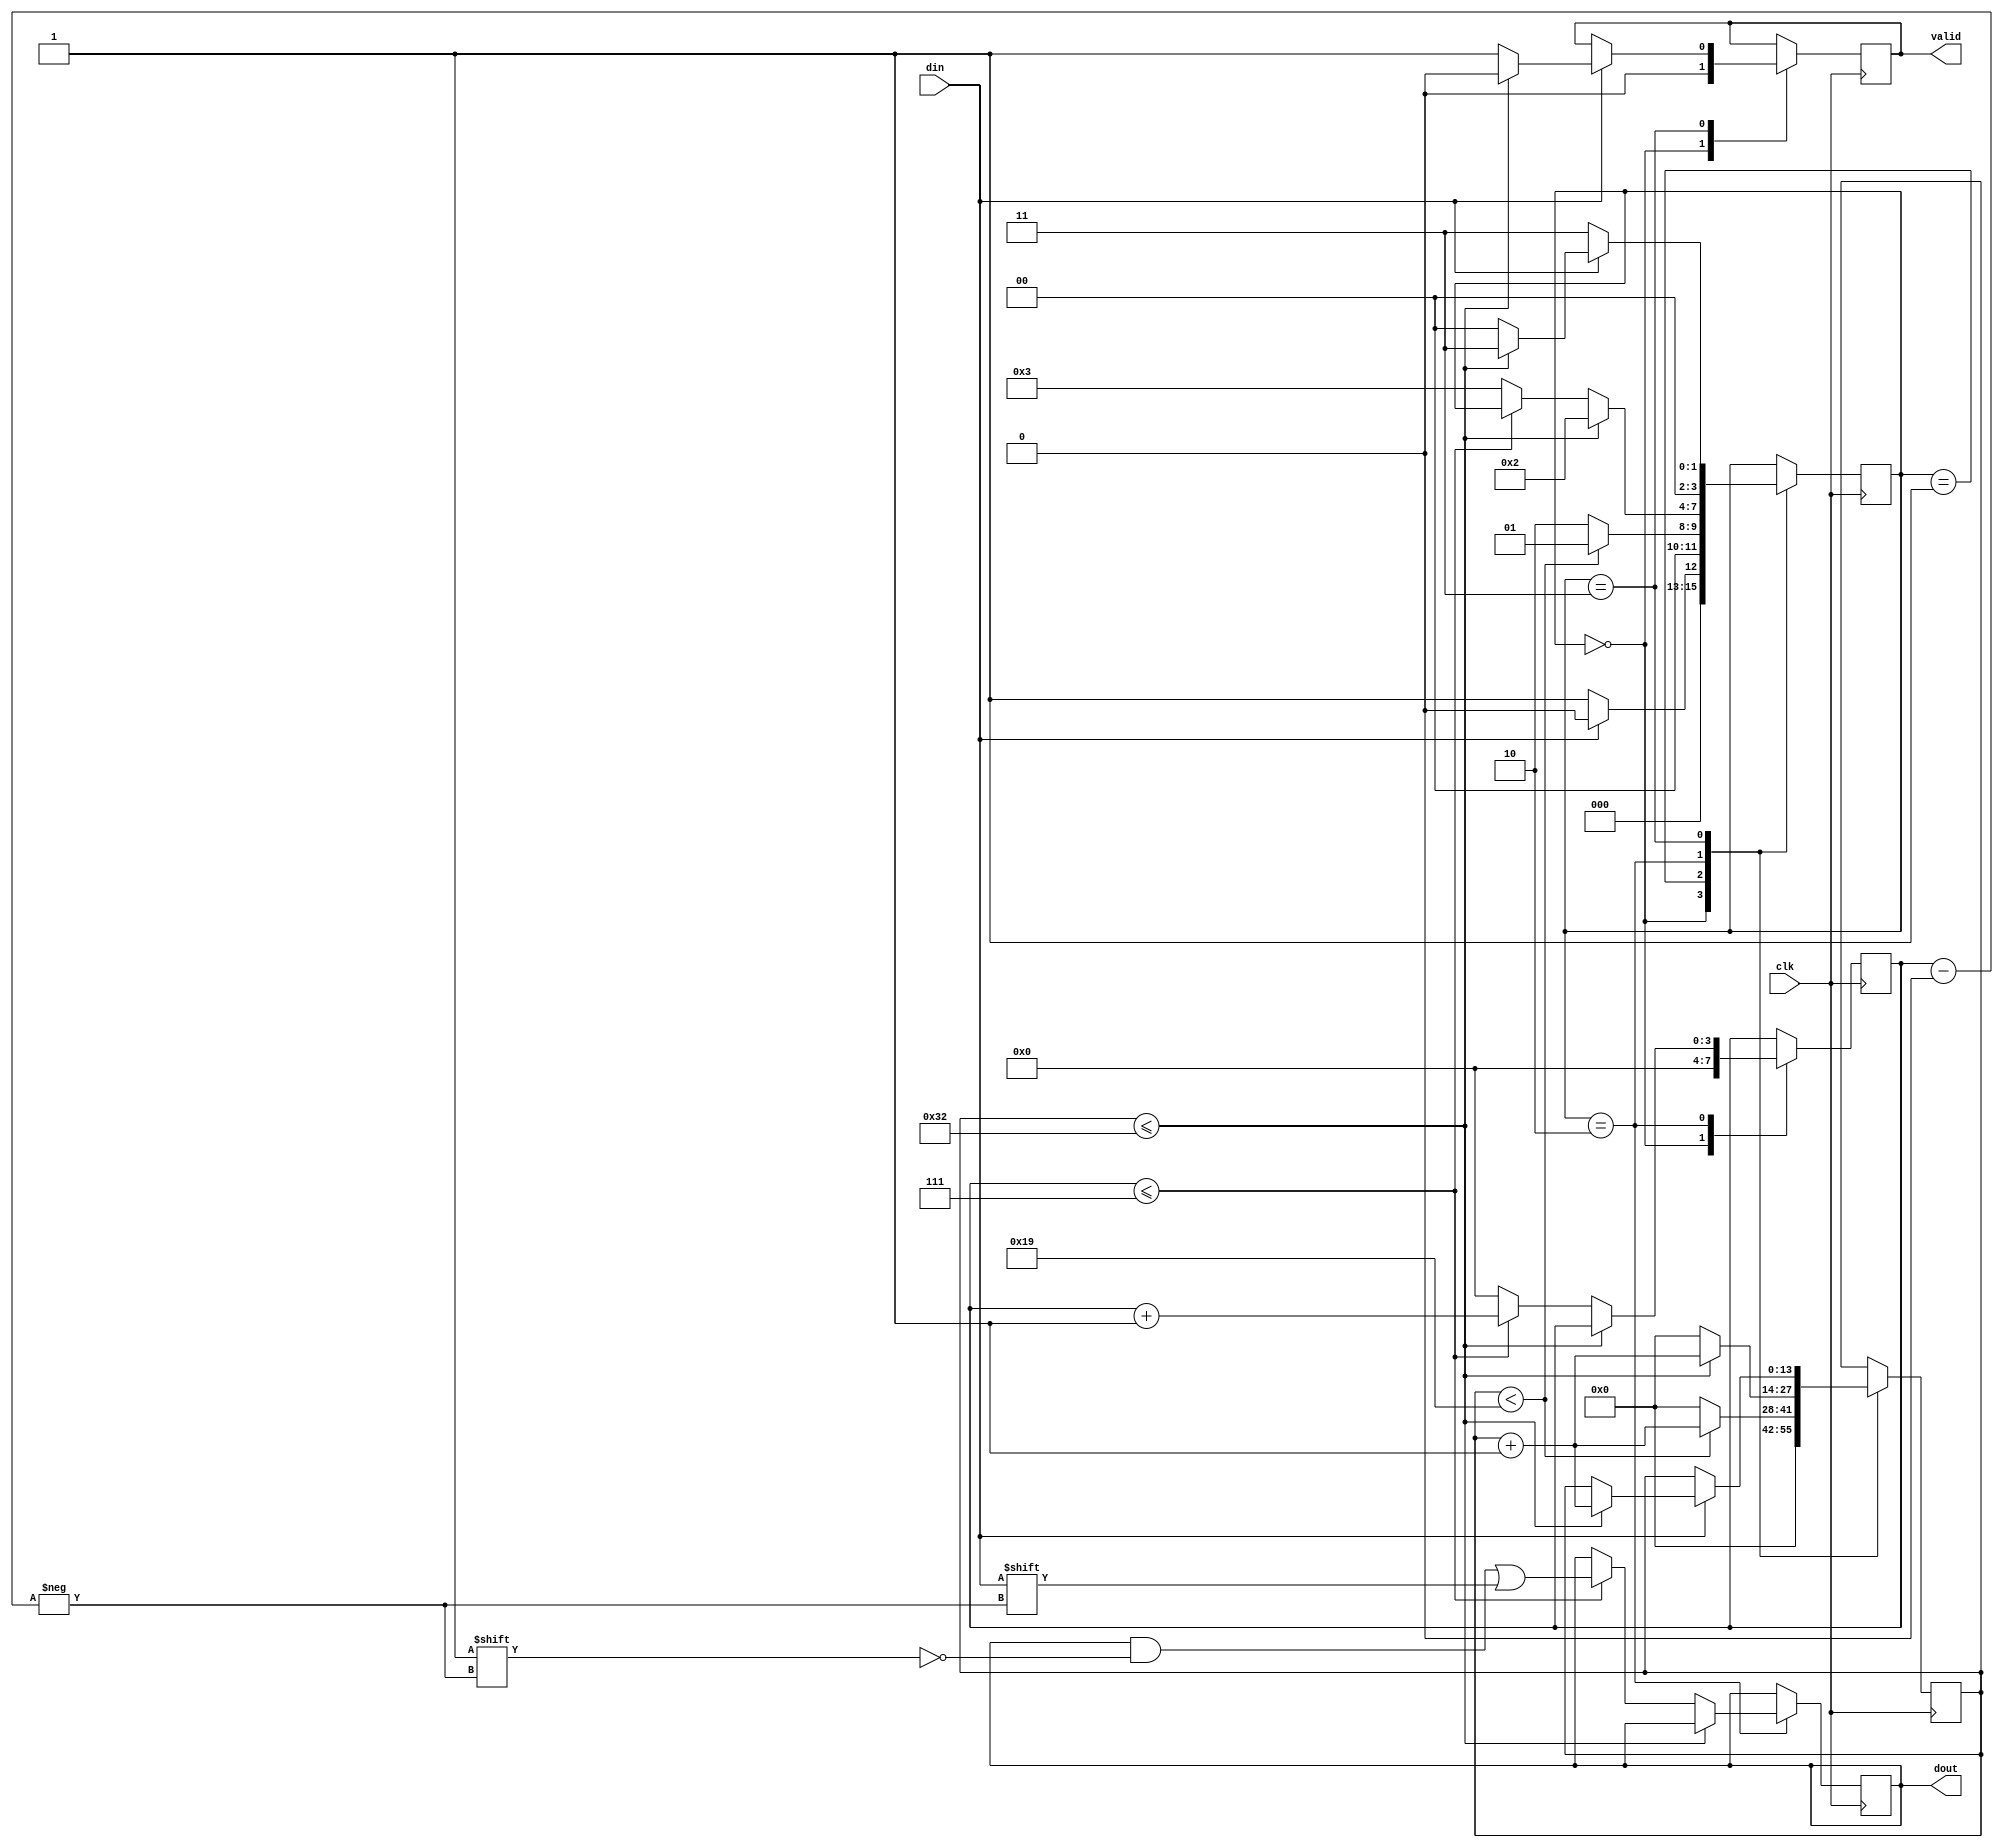
`timescale 1ns / 1ps
//////////////////////////////////////////////////////////////////////////////////
// Company: 
// Engineer: 
// 
// Design Name: 
// Module Name: receiver
// Project Name: 
// Target Devices: 
// Tool Versions: 
// Description: 
// 
// Dependencies: 
// 
// Revision:
// Revision 0.01 - File Created
// Additional Comments:
// 
//////////////////////////////////////////////////////////////////////////////////


module receiver #(parameter clks_per_bit = 50)(
  input clk,
  input din,
  output reg [7:0] dout = 0,
  output reg valid = 0
    );
  reg [3:0] state = 0;
  reg [13:0] counter1 = 0;
  reg [3:0] counter2 = 0;
  
  parameter IDLE = 3'b000;
  parameter START_BIT = 3'b001;
  parameter DATA_BIT = 3'b010;
  parameter STOP_BIT = 3'b011;
  
  always @(posedge clk) begin
  case(state)
  IDLE: begin
    counter1 <= 0;
    counter2 <= 0;
    valid <= 1'b0;
    if(din == 1'b0) begin
      state <= START_BIT;
    end
    else begin
      state <= IDLE;
    end  
  end
  START_BIT: begin
    if(counter1 < clks_per_bit/2) begin
      counter1 <= counter1+1;
      state <= START_BIT; 
    end
    else begin
      counter1 <= 0;
      state <= DATA_BIT;
    end
  end
  DATA_BIT: begin
    if(counter1 <= clks_per_bit)begin
      counter1 <= counter1+1;
      state <= DATA_BIT;
    end
    else begin
      counter1 <= 0;
      if(counter2 <= 4'b0111)begin
        dout[counter2] <= din;
        counter2 <= counter2+1;
      end
      else begin
        counter2 <= 0;
        state <= STOP_BIT;
      end
    end
  end
  STOP_BIT: begin
  if (din == 1'b1) begin
    if(counter1 <= clks_per_bit)begin
      valid <= 1'b0;
      counter1 <= counter1+1;
      state <= STOP_BIT;
    end
    else begin
      valid <= 1'b1;
      state <= IDLE;
    end
  end
  else begin
    //valid <= 1'b0;
    state <= STOP_BIT;
  end
 end 
  endcase
  end  
endmodule